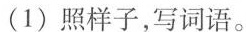
(1)照样子,写词语。